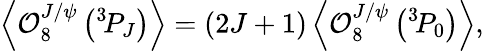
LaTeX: \left\langle{\cal O}_{8}^{J/\psi}\left({}^{3}\! P_{J}\right)\right\rangle=(2J+1)\left\langle{\cal O}_{8}^{J/\psi}\left({}^{3}\! P_{0}\right)\right\rangle,